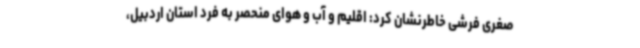
صغری فرشی خاطرنشان کرد: اقلیم و آب و هوای منحصر به فرد استان اردبیل،